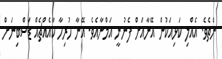
ނެތެވެ. އެއްލި ކަޅިއަކުން އޭނާއަށް ފެނުނީ އަމްނާއެވެ. އޭނާ ހުރިހާ ކާއެއްޗެއް ޑަސްބިނަށް